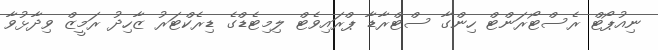
ނިއުޕޯޓް ރެސްޓޯރަންޓް ހިންގާ ސްޓްރާޑާ ޕްރައިވެޓް ލިމިޓެޑްގެ ޑިރެކްޓަރު ޒާހިދު ރަމީޒް ވިދާޅުވާ